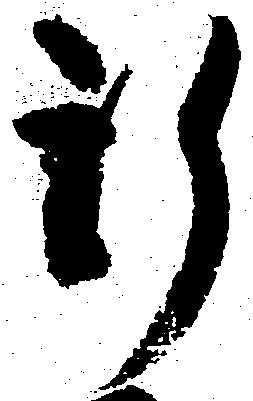
新